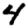
Digit: 4